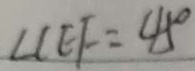
\angle C E F = 4 5 ^ { \circ }